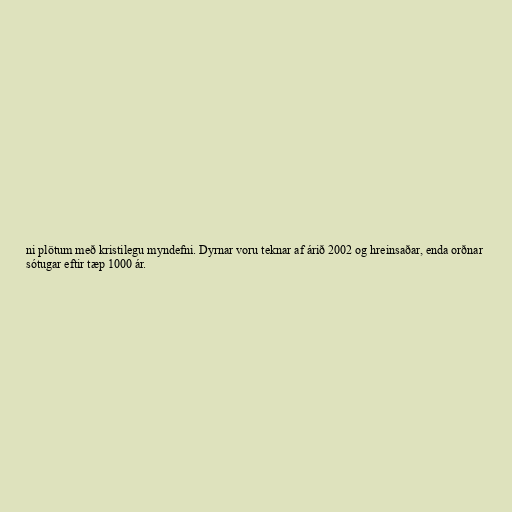
ni plötum með kristilegu myndefni. Dyrnar voru teknar af árið 2002 og hreinsaðar, enda orðnar
sótugar eftir tæp 1000 ár.